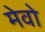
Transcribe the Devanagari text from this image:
मेवो